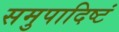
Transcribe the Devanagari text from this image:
समुपादिष्टं